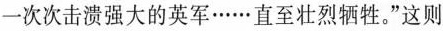
一次次击溃强大的英军……直至壮烈牺牲。”这则